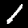
Digit: 1